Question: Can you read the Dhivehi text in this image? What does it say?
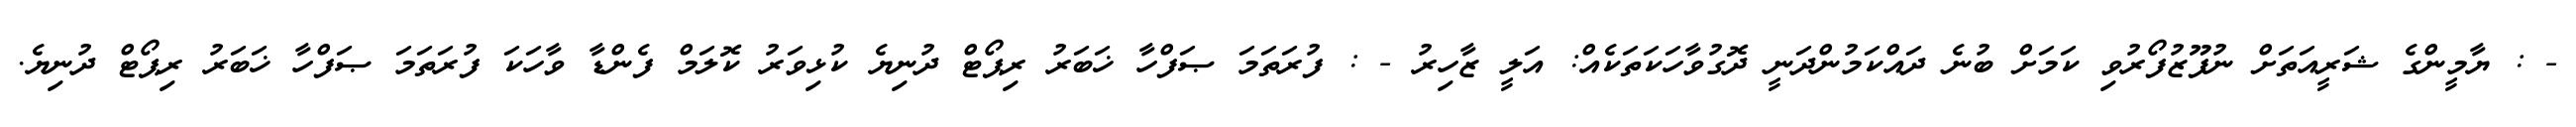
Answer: - : ޔާމީންގެ ޝަރީއަތަށް ނުފޫޒުފޯރުވި ކަމަށް ބުނެ ދައްކަމުންދަނީ ދޮގުވާހަކަތަކެއް: އަލީ ޒާހިރު - : ފުރަތަމަ ޞަފްހާ ޚަބަރު ރިޕޯޓް ދުނިޔެ ކުޅިވަރު ކޮލަމް ފެންޑާ ވާހަކަ ފުރަތަމަ ޞަފްހާ ޚަބަރު ރިޕޯޓް ދުނިޔެ.